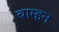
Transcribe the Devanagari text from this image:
बाम्हन